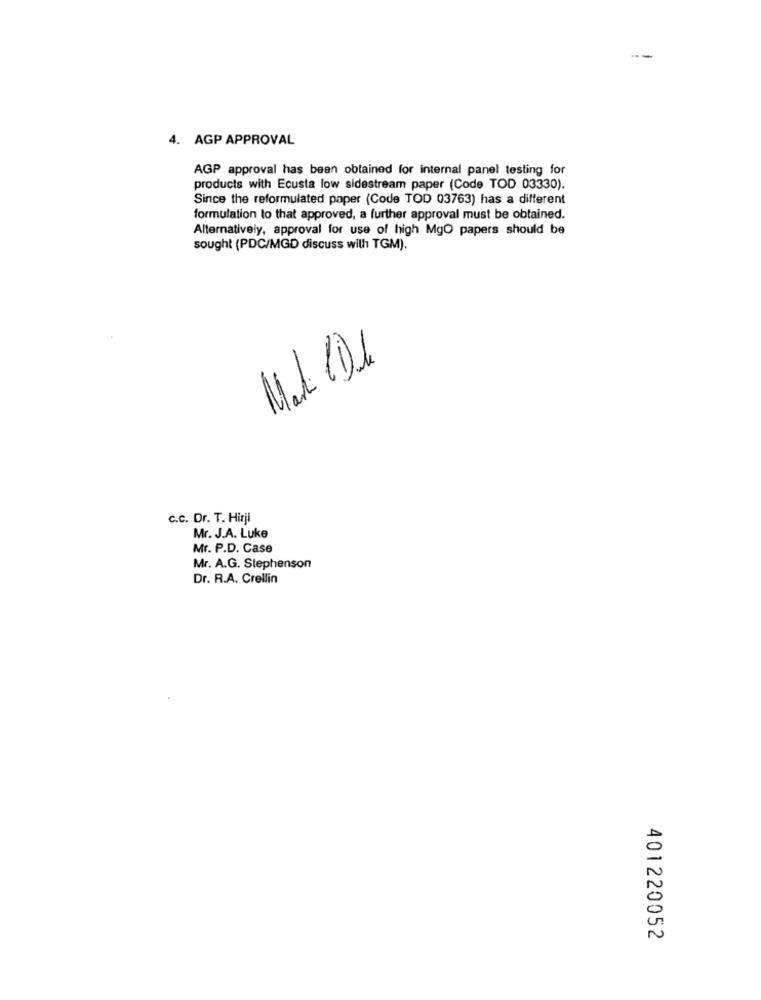
4. AGP APPROVAL
AGP approval has been obtained for internal panel testing for
products with Ecusta low sidestream paper (Code TOD 03330).
Since the reformulated paper (Code TOD 03763) has a different
formulation to that approved, a further approval must be obtained.
Alternatively, approval for use of high MgO papers should be
sought (PDC/MGD discuss with TGM).
Mat (Dle
C.C. Dr. T. Hirji
Mr. J.A. Luke
Mr. P.D. Case
Mr. A.G. Stephenson
Dr. R.A. Crellin
401220052